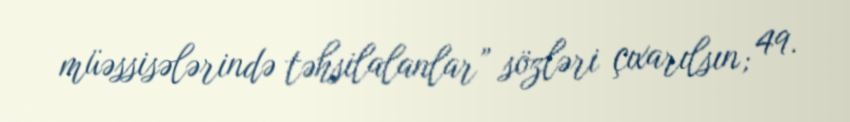
müəssisələrində təhsilalanlar” sözləri çıxarılsın; 49.